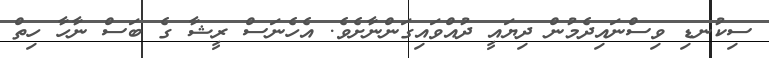
ސިކުނޑި ވިސްނައިދެމުން ދިޔައީ ދުއްވައިގަންނާށެވެ. އެހެނަސް ރީޝާ ގެ ބަސް ނާހާ ހިތް